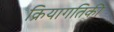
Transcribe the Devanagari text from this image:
क्रियागतिकी